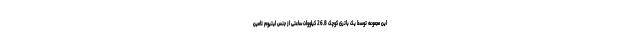
این مجموعه توسط یک باتری کوچک 26.8 کیلووات ساعتی از جنس لیتیوم تامین